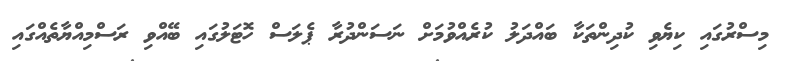
މިސްރުގައި ކިޔެވި ކުދިންތަކާ ބައްދަލު ކުރެއްވުމަށް ނަސަންދުރާ ޕެލަސް ހޮޓަލުގައި ބޭއްވި ރަސްމިއްޔާތެއްގައި